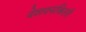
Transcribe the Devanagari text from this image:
देशदनकिली